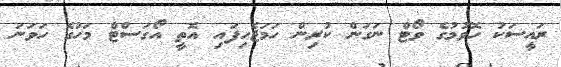
ރައީސަކު ހޮވުމުގެ ވޯޓް ނަގަން ކުރިން ހަމަޖެހިފައި އޮތީ އޯގަސްޓް މަހުގެ ހަވަނަ